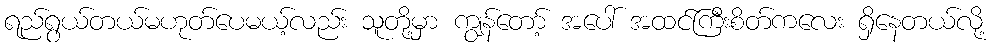
ရည်ရွယ်တယ်မဟုတ်ပေမယ့်လည်း သူတို့မှာ ကျွန်တော့် အပေါ် အထင်ကြီးစိတ်ကလေး ရှိနေတယ်လို့